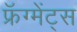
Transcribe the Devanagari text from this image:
फ्रॅग्मेंट्स